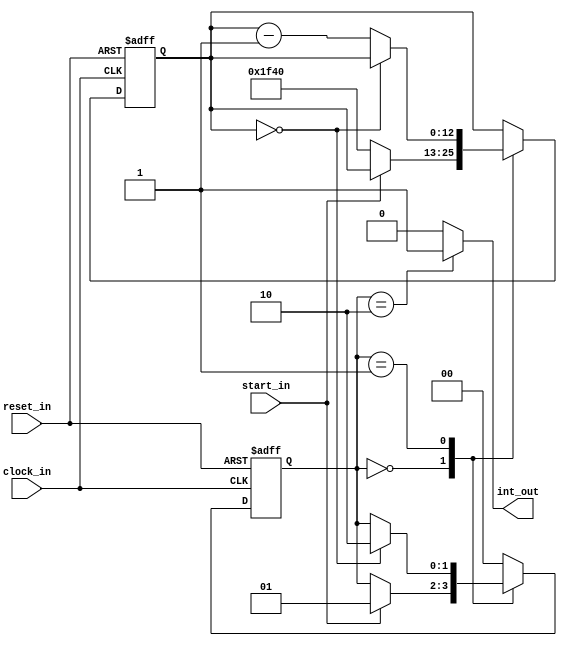



module timer (
  clock_in,
  reset_in,
  start_in,
  int_out
);

// Parameter definition
parameter DATA_WIDTH = 13;
parameter STOP_VALUE = 8000;

// Input and output definition
input clock_in;
input reset_in;
input start_in;
output reg int_out;

// Register definition
reg [1:0] status_reg;
reg [DATA_WIDTH-1:0] counter_reg;

// Combinational logic
always @ ( * ) begin
  case (status_reg)
    2'b00: int_out = 1'b0;
    2'b01: int_out = 1'b0;
    2'b10: int_out = 1'b1;
    default: int_out = 1'b0;
  endcase
end

// Sequential logic
always @ (posedge clock_in, posedge reset_in) begin
  if(reset_in) begin
    status_reg = 2'b00;
    counter_reg = STOP_VALUE;
  end else begin
    case (status_reg)
      2'b00:  if(start_in == 1'b1)
                status_reg = 2'b01;
              else begin
                status_reg = status_reg;
                counter_reg = STOP_VALUE;
              end

      2'b01:  if(counter_reg == 0)
                status_reg = 2'b10;
              else begin
                counter_reg = counter_reg - 1;
                status_reg = status_reg;
              end
      2'b10:  status_reg = 2'b00;
      default: status_reg = 2'b00;
    endcase
  end
end


endmodule